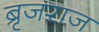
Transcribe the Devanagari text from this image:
ब्रृजराज